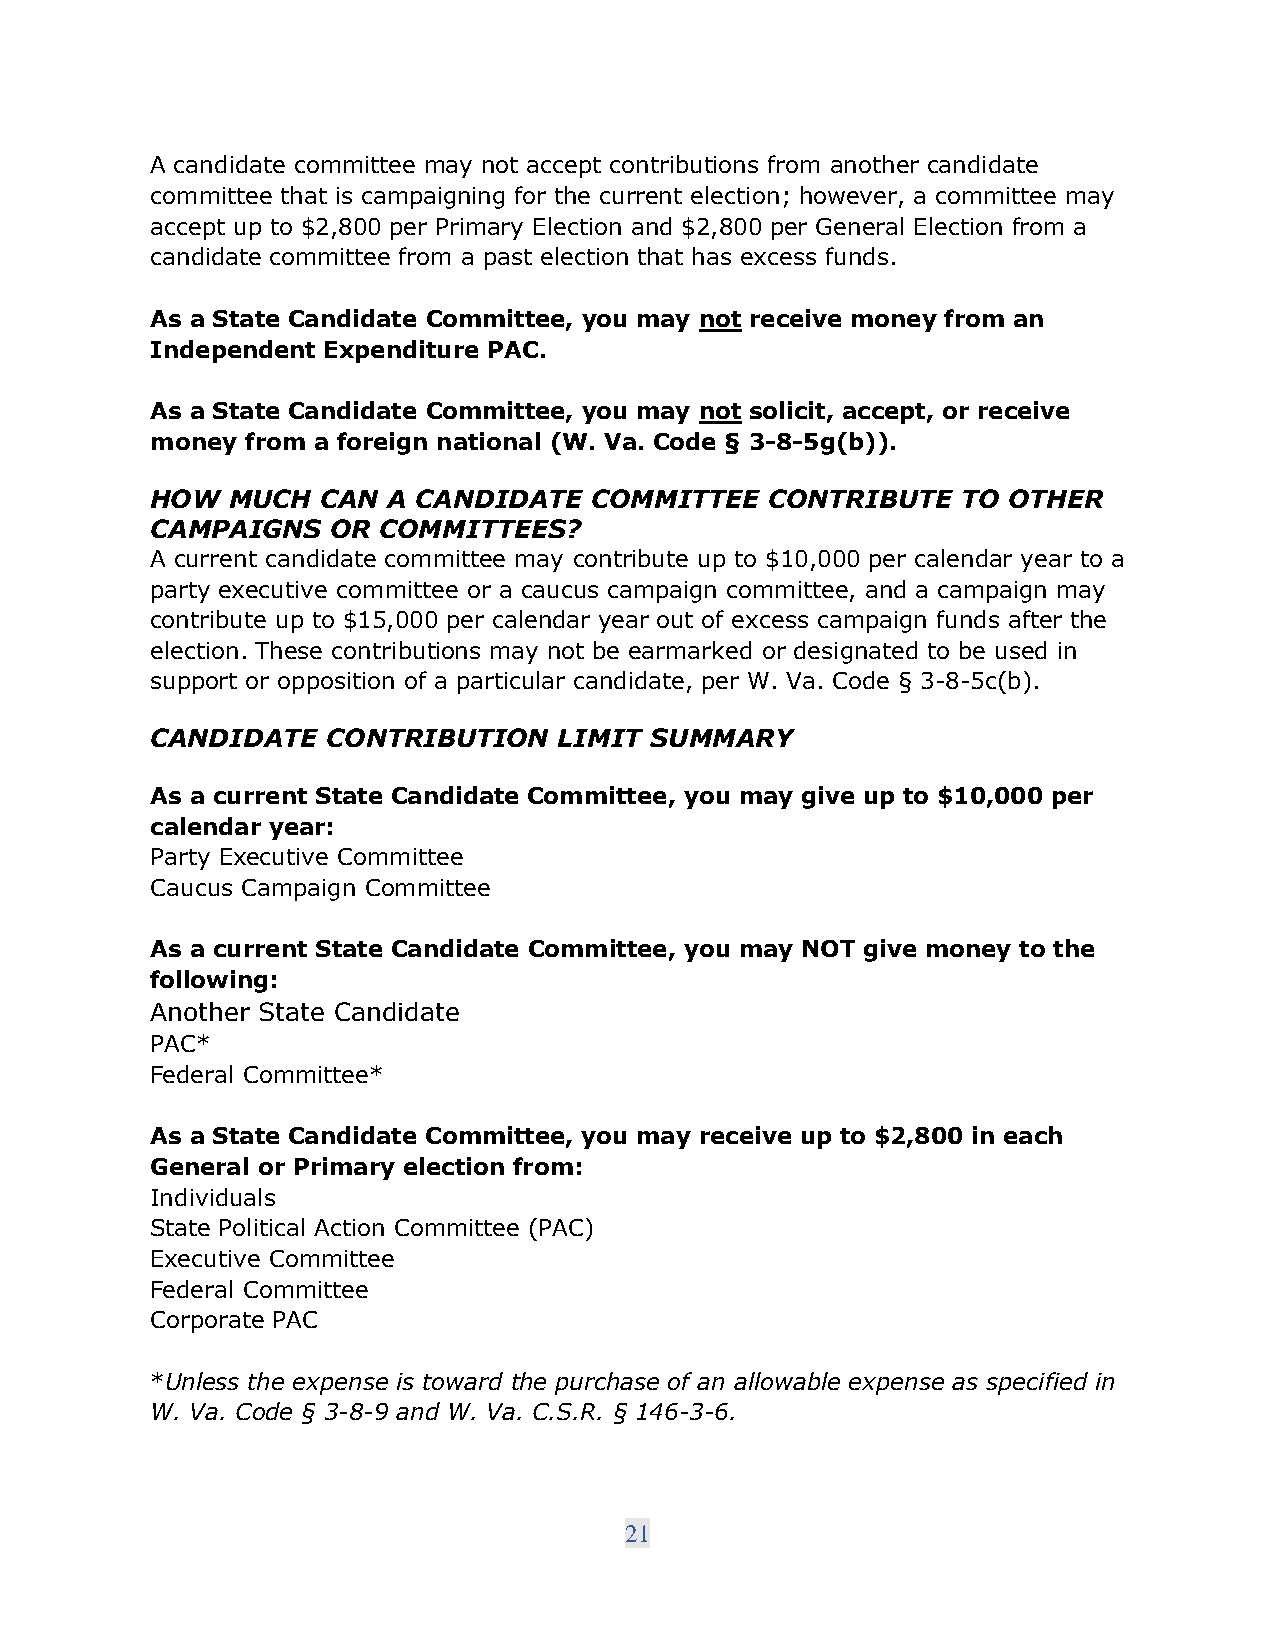
A candidate committee may not accept contributions from another candidate
 committee that is campaigning for the current election; however, a committee may
 accept up to $2,800 per Primary Election and $2,800 per General Election from a
 candidate committee from a past election that has excess funds.
 As a State Candidate Committee, you may not receive money from an
 Independent Expenditure PAC.
 As a State Candidate Committee, you may not solicit, accept, or receive
 money from a foreign national (W. Va. Code § 3-8-5g(b)).
 HOW  MUCH  CAN  A CANDIDATE  COMMITTEE   CONTRIBUTE   TO OTHER
 CAMPAIGNS   OR COMMITTEES?
 A current candidate committee may contribute up to $10,000 per calendar year to a
 party executive committee or a caucus campaign committee, and a campaign may
 contribute up to $15,000 per calendar year out of excess campaign funds after the
 election. These contributions may not be earmarked or designated to be used in
 support or opposition of a particular candidate, per W. Va. Code § 3-8-5c(b).
 CANDIDATE   CONTRIBUTION   LIMIT SUMMARY
 As a current State Candidate Committee, you may give up to $10,000 per
 calendar year:
 Party Executive Committee
 Caucus Campaign Committee
 As a current State Candidate Committee, you may NOT give money to the
 following:
 Another State Candidate
 PAC*
 Federal Committee*
 As a State Candidate Committee, you may receive up to $2,800 in each
 General or Primary election from:
 Individuals
 State Political Action Committee (PAC)
 Executive Committee
 Federal Committee
 Corporate PAC
 *Unless the expense is toward the purchase of an allowable expense as specified in
 W. Va. Code § 3-8-9 and W. Va. C.S.R. § 146-3-6.
 21